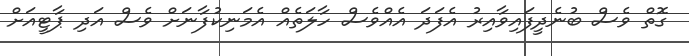
ގޮތް ވެސް ބުނެދީފައިވާއިރު އެފަދަ އެއްވެސް ހާލަތެއް އެމަނިކުފާނަށް ވެސް އަދި ޕާޓީއަށް